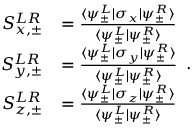
\begin{array} { r l } { S _ { x , \pm } ^ { L R } } & { = \frac { \langle \psi _ { \pm } ^ { L } | \sigma _ { x } | \psi _ { \pm } ^ { R } \rangle } { \langle \psi _ { \pm } ^ { L } | \psi _ { \pm } ^ { R } \rangle } } \\ { S _ { y , \pm } ^ { L R } } & { = \frac { \langle \psi _ { \pm } ^ { L } | \sigma _ { y } | \psi _ { \pm } ^ { R } \rangle } { \langle \psi _ { \pm } ^ { L } | \psi _ { \pm } ^ { R } \rangle } } \\ { S _ { z , \pm } ^ { L R } } & { = \frac { \langle \psi _ { \pm } ^ { L } | \sigma _ { z } | \psi _ { \pm } ^ { R } \rangle } { \langle \psi _ { \pm } ^ { L } | \psi _ { \pm } ^ { R } \rangle } } \end{array} .